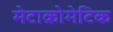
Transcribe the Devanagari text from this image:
मेटाक्रोमेटिक